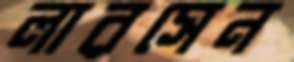
লারসেন